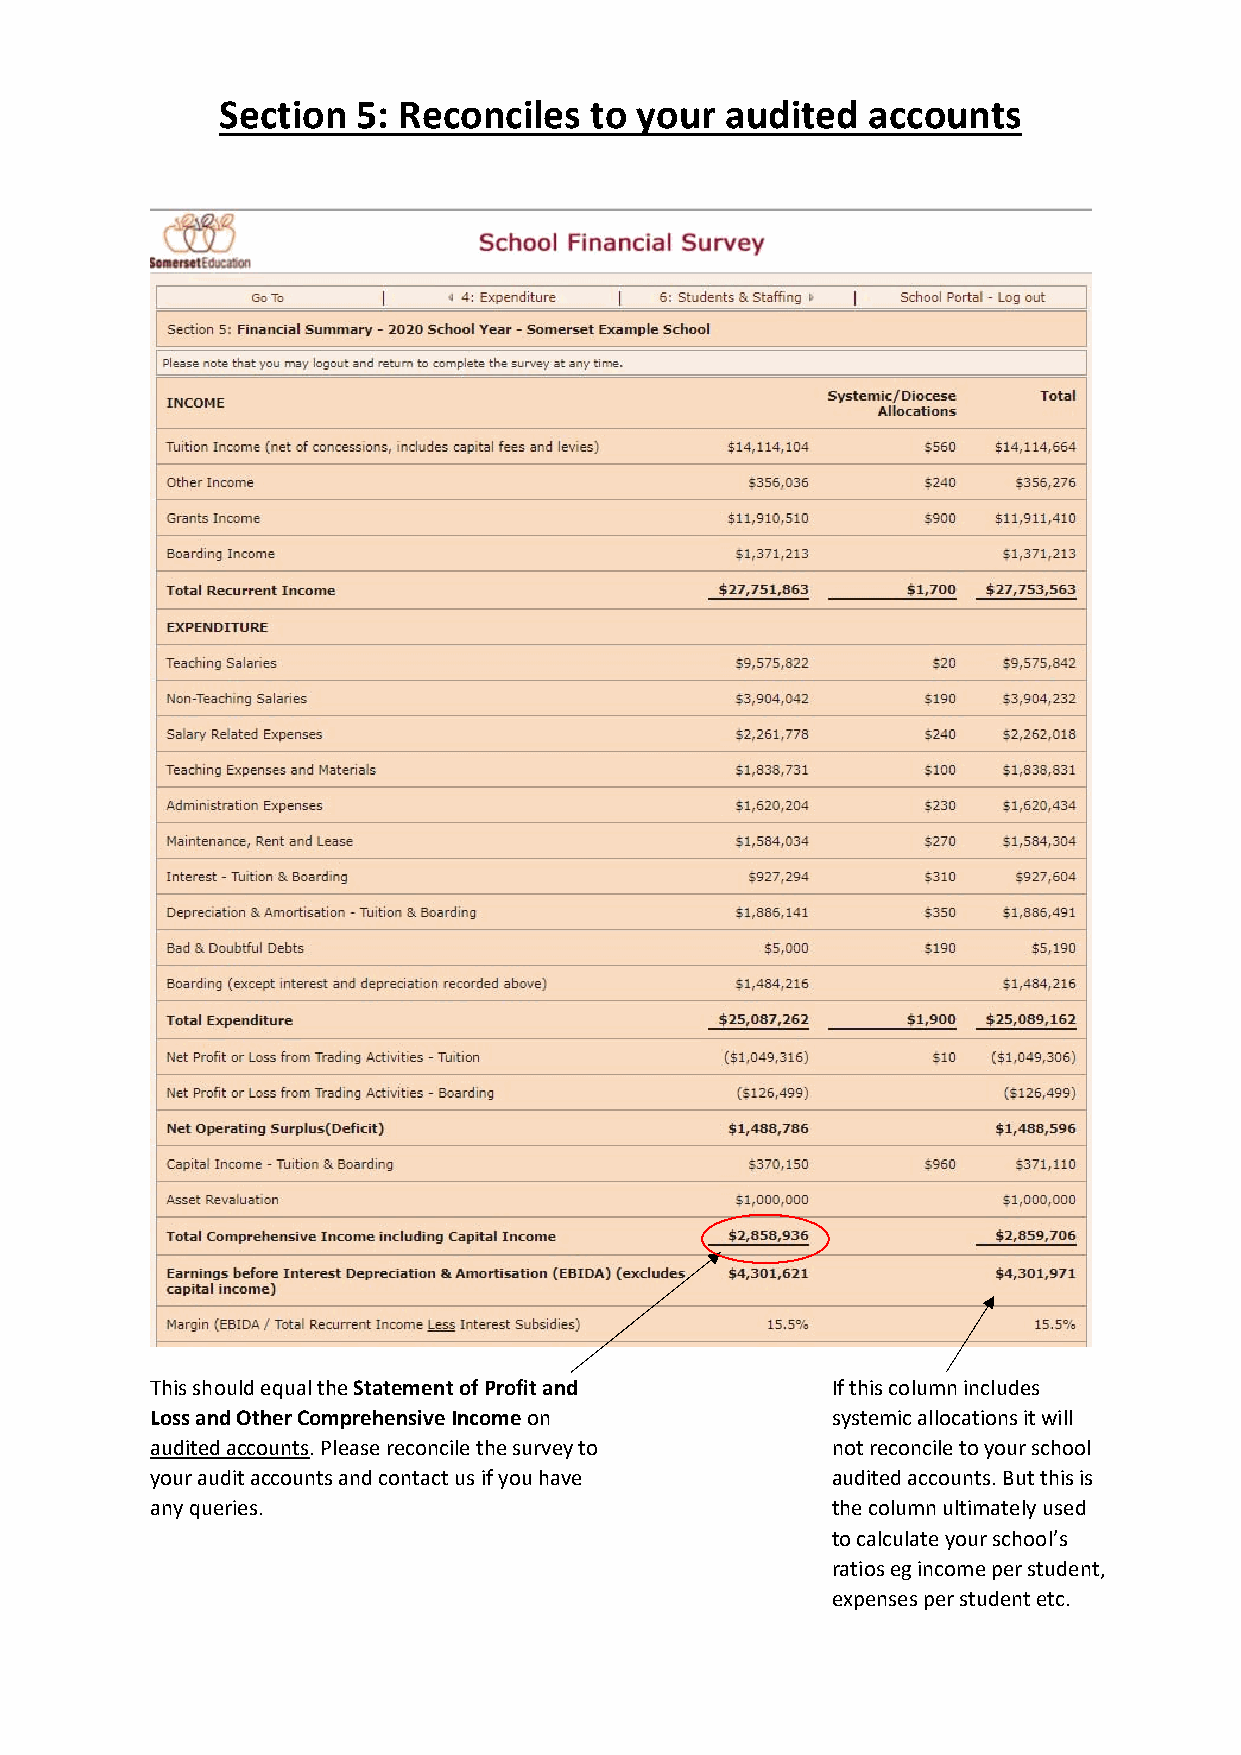
Section  5: Reconciles  to your  audited  accounts
 This should equal the Statement of Profit and If this column includes
 Loss and Other Comprehensive Income on       systemic allocations it will
 audited accounts. Please reconcile the survey to not reconcile to your school
 your audit accounts and contact us if you have audited accounts. But this is
 any queries.                                 the column ultimately used
 to calculate your school’s
 ratios eg income per student,
 expenses per student etc.